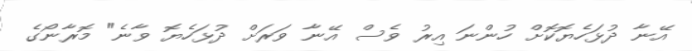
އޭނާ ދުޅަހެޔޮކޮށް ހުންނަ އިރު ވެސް އޭނާ ވަރަށް ދުޅަހެޔޮ ވާނެ" މޮރާނޯގެ